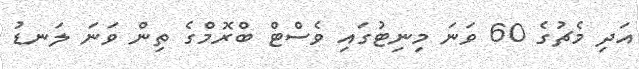
އަދި މެޗުގެ 60 ވަނަ މިނިޓުގައި ވެސްޓް ބްރޮމްގެ ތިން ވަނަ ލަނޑު